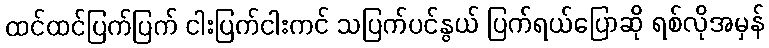
ထင်ထင်ပြက်ပြက် ငါးပြက်ငါးကင် သပြက်ပင်နွယ် ပြက်ရယ်ပြောဆို ရစ်လိုအမှန်